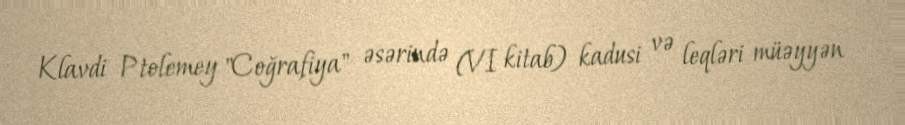
Klavdi Ptolemey "Coğrafiya" əsərində (VI kitab) kadusi və leqləri müəyyən